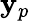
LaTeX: \mathbf{y}_{p}